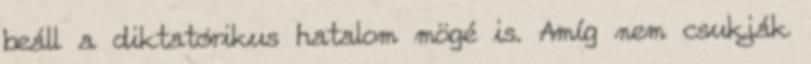
beáll a diktatórikus hatalom mögé is. Amíg nem csukják